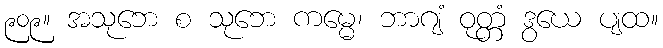
၉၀၉။ အသုဘေ စ သုဘေ ကမ္မေ၊ ဘာဂျံ ဝုတ္တံ ဒွယေ ပျထ။